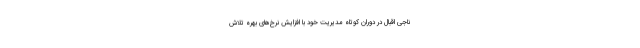
ناجی اقبال در دوران کوتاه مدیریت خود با افزایش نرخ‌های بهره تلاش